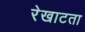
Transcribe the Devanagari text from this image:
रेखाटता